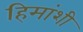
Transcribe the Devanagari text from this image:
हिमांशी